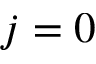
j = 0